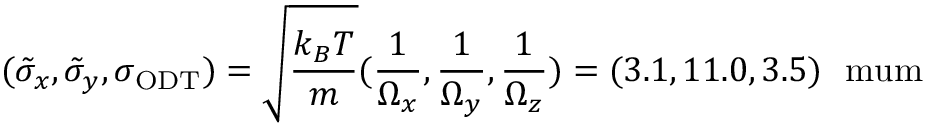
( \tilde { \sigma } _ { x } , \tilde { \sigma } _ { y } , \sigma _ { \mathrm { { O D T } } } ) = \sqrt { \frac { k _ { B } T } { m } } ( \frac { 1 } { \Omega _ { x } } , \frac { 1 } { \Omega _ { y } } , \frac { 1 } { \Omega _ { z } } ) = ( 3 . 1 , 1 1 . 0 , 3 . 5 ) ~ \mathrm { { \ m u m } }